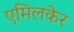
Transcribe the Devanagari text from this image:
एमिलकेर